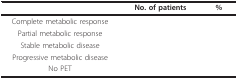
<table><thead><tr><td>[EMPTY_CELL]</td><td><b>No. of patients</b></td><td><b>%</b></td></tr></thead><tbody><tr><td>Complete metabolic response</td><td>[EMPTY_CELL]</td><td>[EMPTY_CELL]</td></tr><tr><td>Partial metabolic response</td><td>[EMPTY_CELL]</td><td>[EMPTY_CELL]</td></tr><tr><td>Stable metabolic disease</td><td>[EMPTY_CELL]</td><td>[EMPTY_CELL]</td></tr><tr><td>Progressive metabolic disease</td><td>[EMPTY_CELL]</td><td>[EMPTY_CELL]</td></tr><tr><td>No PET</td><td>[EMPTY_CELL]</td><td>[EMPTY_CELL]</td></tr></tbody></table>